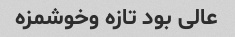
عالی بود تازه وخوشمزه